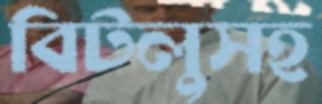
বিটলুসহ